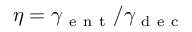
\eta = \gamma _ { \mathrm { ~ e ~ n ~ t ~ } } / \gamma _ { \mathrm { ~ d ~ e ~ c ~ } }